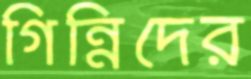
গিন্নিদের